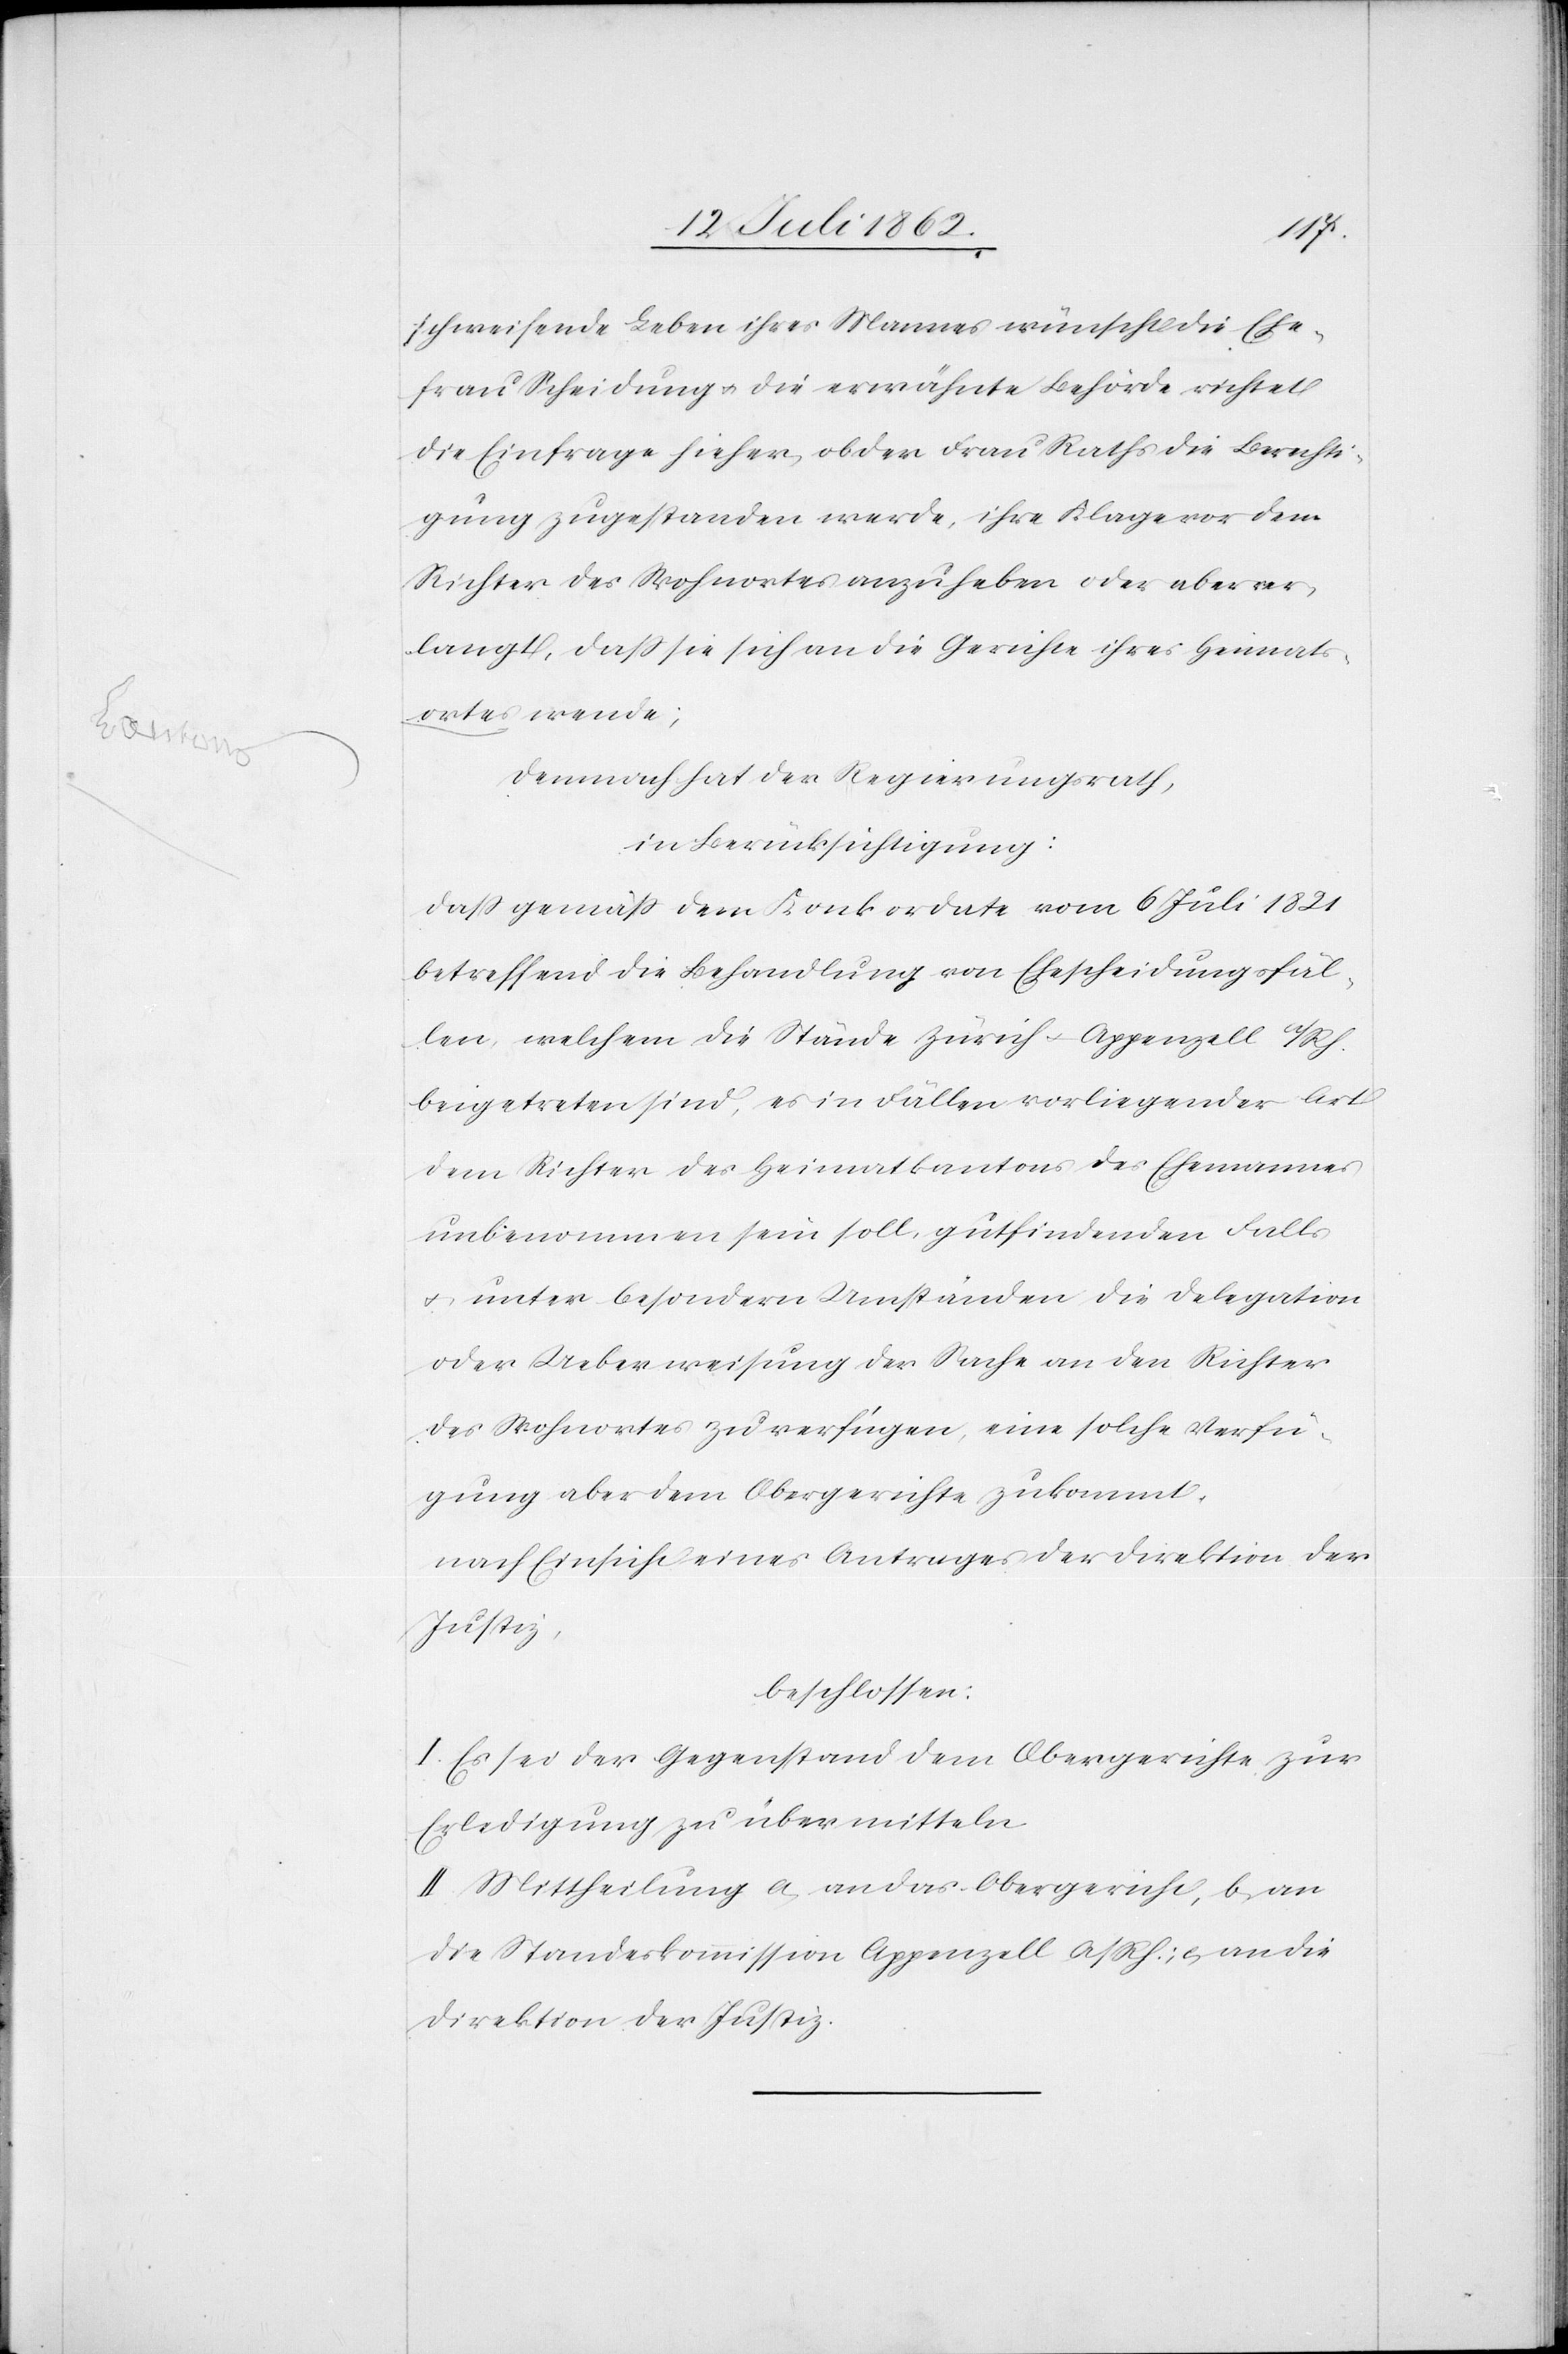
schweifende Leben ihres Mannes wünscht die Ehe¬
frau Scheidung u. die erwähnte Behörde richtet
die Einfrage hieher, ob der Frau Raths die Berechti¬
gung zugestanden werde, ihre Klage vor dem
Richter des Wohnortes anzuheben oder aber ver¬
langt, daß sie sich an die Gerichte ihres Heimats¬
ortes wende;
Demnach hat der Regierungsrath,
in Berücksichtigung:
daß gemäß dem Konkordate vom 6. Juli 1821
betreffend die Behandlung von Ehescheidungsfäl¬
len, welchem die Stände Zürich-Appenzell a/RH.
beigetreten sind, es in Fällen vorliegender Art
dem Richter des Heimatkantons des Ehemannes
unbenommen sein soll, gutfindenden Falls
u. unter besondern Umständen die Delegation
oder Ueberweisung der Sachen an den Richter
des Wohnortes zu verfügen, eine solche Verfü¬
gung aber dem Obergerichte zukommt,
nach Einsicht eines Antrages der Direktion der
Justiz,
beschlossen:
I. Es sei der Gegenstand dem Obergerichte zur
Erledigung zu übermitteln.
II. Mittheilung a. an das Obergericht, b. an
die Standeskommission Appenzell a/Rh., c. an die
Direktion der Justiz.